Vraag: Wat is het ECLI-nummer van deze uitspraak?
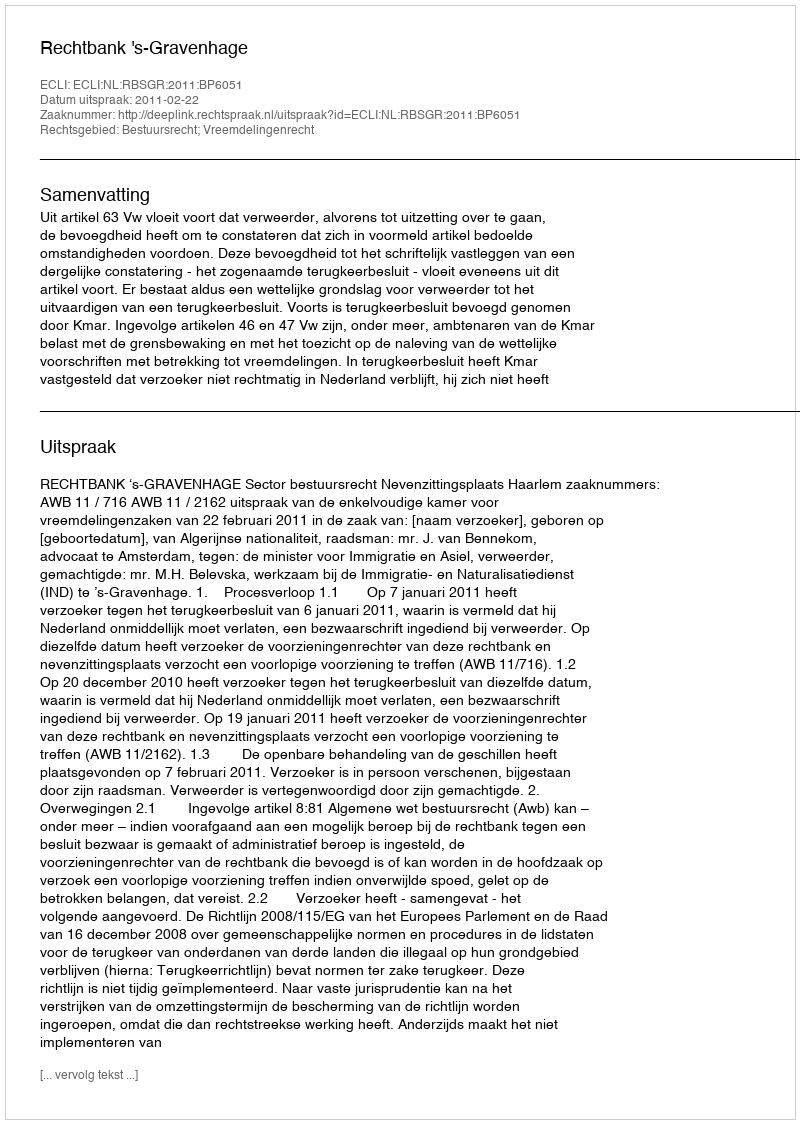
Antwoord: ECLI:NL:RBSGR:2011:BP6051